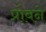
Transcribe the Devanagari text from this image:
प्रोबने